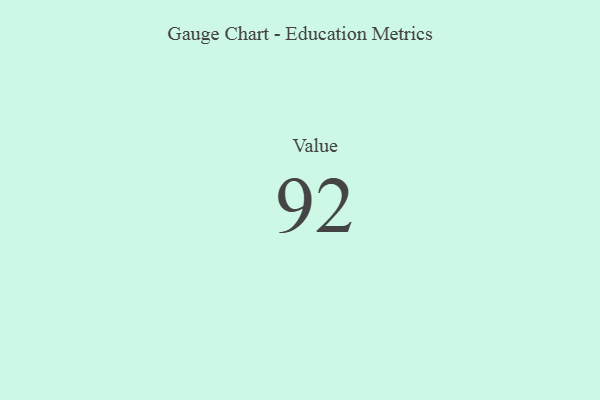
{"axis": {"x": "Metric", "y": "Value"}, "legend": [""], "data": [{"x": "Value", "y": 92, "type": ""}]}